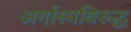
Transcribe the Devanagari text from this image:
अर्गास्पविरुद्ध